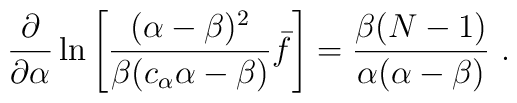
\frac{\partial }{\partial \alpha }\ln \left[ \frac{(\alpha -\beta )^2}{\beta (c_\alpha \alpha -\beta )}\bar f\right] =\frac{\beta (N-1)}{\alpha (\alpha -\beta )}\ .